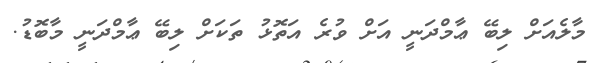
މާލެއަށް ލިބޭ ޢާމްދަނީ އަށް ވުރެ އަތޮޅު ތަކަށް ލިބޭ ޢާމްދަނީ މާބޮޑު.